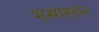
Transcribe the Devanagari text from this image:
भस्मस्नान